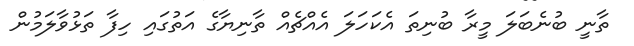
ތާނީ ބުނެބަލަ މީރާ ބުނިތަ އެކަހަލަ އެއްޗެއް ތާނިޔާގެ އަތުގައި ހިފާ ތަޅުވާލަމުން